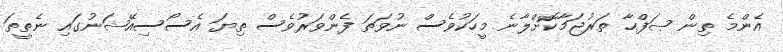
އެންމެ ތިން ޞަފްޙާ ތަރުޖަމާކޮށްލާނެ މީހަކުވެސް ނުވަތަ ފެންވަރުވެސް ތިޔަ އެސޯސިއޭޝަނުގައި ނެތީތަ